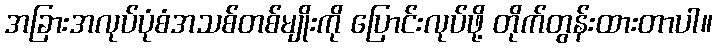
အခြားအလုပ်ပုံစံအသစ်တစ်မျိုးကို ပြောင်းလုပ်ဖို့ တိုက်တွန်းထားတာပါ။